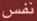
نفس